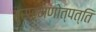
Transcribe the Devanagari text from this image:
ब्राह्मणोत्पत्ति